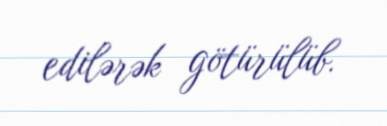
edilərək götürülüb.